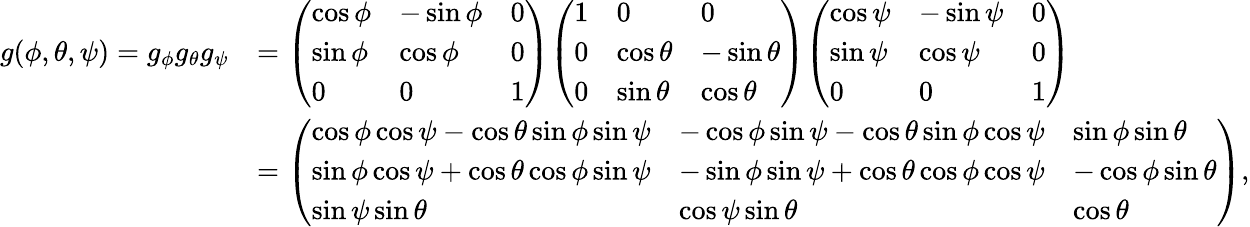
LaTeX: {\begin{array}{rl}{g(\phi,\theta,\psi)=g_{\phi}g_{\theta}g_{\psi}}&{={\left(\begin{array}{lll}{\cos\phi}&{-\sin\phi}&{0}\\ {\sin\phi}&{\cos\phi}&{0}\\ {0}&{0}&{1}\end{array}\right)}{\left(\begin{array}{lll}{1}&{0}&{0}\\ {0}&{\cos\theta}&{-\sin\theta}\\ {0}&{\sin\theta}&{\cos\theta}\end{array}\right)}{\left(\begin{array}{lll}{\cos\psi}&{-\sin\psi}&{0}\\ {\sin\psi}&{\cos\psi}&{0}\\ {0}&{0}&{1}\end{array}\right)}}\\ &{={\left(\begin{array}{lll}{\cos\phi\cos\psi-\cos\theta\sin\phi\sin\psi}&{-\cos\phi\sin\psi-\cos\theta\sin\phi\cos\psi}&{\sin\phi\sin\theta}\\ {\sin\phi\cos\psi+\cos\theta\cos\phi\sin\psi}&{-\sin\phi\sin\psi+\cos\theta\cos\phi\cos\psi}&{-\cos\phi\sin\theta}\\ {\sin\psi\sin\theta}&{\cos\psi\sin\theta}&{\cos\theta}\end{array}\right)},}\end{array}}